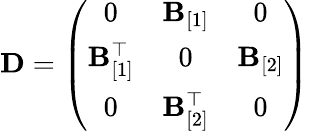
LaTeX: {\mathbf D}=\left(\begin{array}{ccc}{0}&{{\mathbf B}_{[1]}}&{0}\\ {{\mathbf B}_{[1]}^{\top}}&{0}&{{\mathbf B}_{[2]}}\\ {0}&{{\mathbf B}_{[2]}^{\top}}&{0}\end{array}\right)